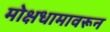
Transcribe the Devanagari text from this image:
मोक्षधामावरून